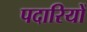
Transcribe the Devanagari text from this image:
पदारियों